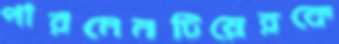
পারমেনটিয়েরকে